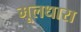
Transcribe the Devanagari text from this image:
मूलधारा